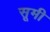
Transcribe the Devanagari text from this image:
सूमी